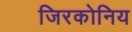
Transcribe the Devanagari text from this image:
जिरकोनिय